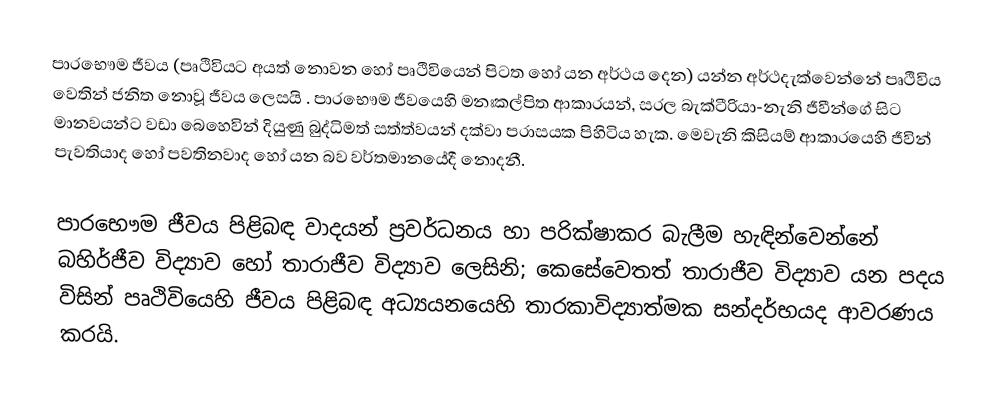
පාරභෞම ජීවය (පෘථිවියට අයත් නොවන හෝ පෘථිවියෙන් පිටත හෝ යන අර්ථය දෙන) යන්න අර්ථදැක්වෙන්නේ පෘථිවිය වෙතින් ජනිත නොවූ ජීවය ලෙසයි . පාරභෞම ජීවයෙහි මනඃකල්පිත ආකාරයන්, සරල බැක්ටීරියා-නැනි ජීවීන්ගේ සිට මානවයන්ට වඩා බෙහෙවින් දියුණු බුද්ධිමත් සත්ත්වයන් දක්වා පරාසයක පිහිටිය හැක. මෙවැනි කිසියම් ආකාරයෙහි ජීවින් පැවතියාද හෝ පවතිනවාද හෝ යන බව වර්තමානයේදී නොදනී.

පාරභෞම ජීවය පිළිබඳ වාදයන් ප්‍රවර්ධනය හා පරික්ෂාකර බැලීම හැඳින්වෙන්නේ බහිර්ජීව විද්‍යාව හෝ තාරාජීව විද්‍යාව ලෙසිනි; කෙසේවෙතත් තාරාජීව විද්‍යාව යන පදය විසින් පෘථිවියෙහි ජීවය පිළිබඳ අධ්‍යයනයෙහි තාරකාවිද්‍යාත්මක සන්දර්භයද ආවරණය කරයි.